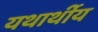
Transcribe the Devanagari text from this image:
यथार्थीय